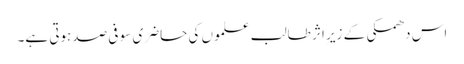
اس دھمکی کے زیرِ اثر طالب علموں کی حاضری سو فی صدہوتی ہے۔